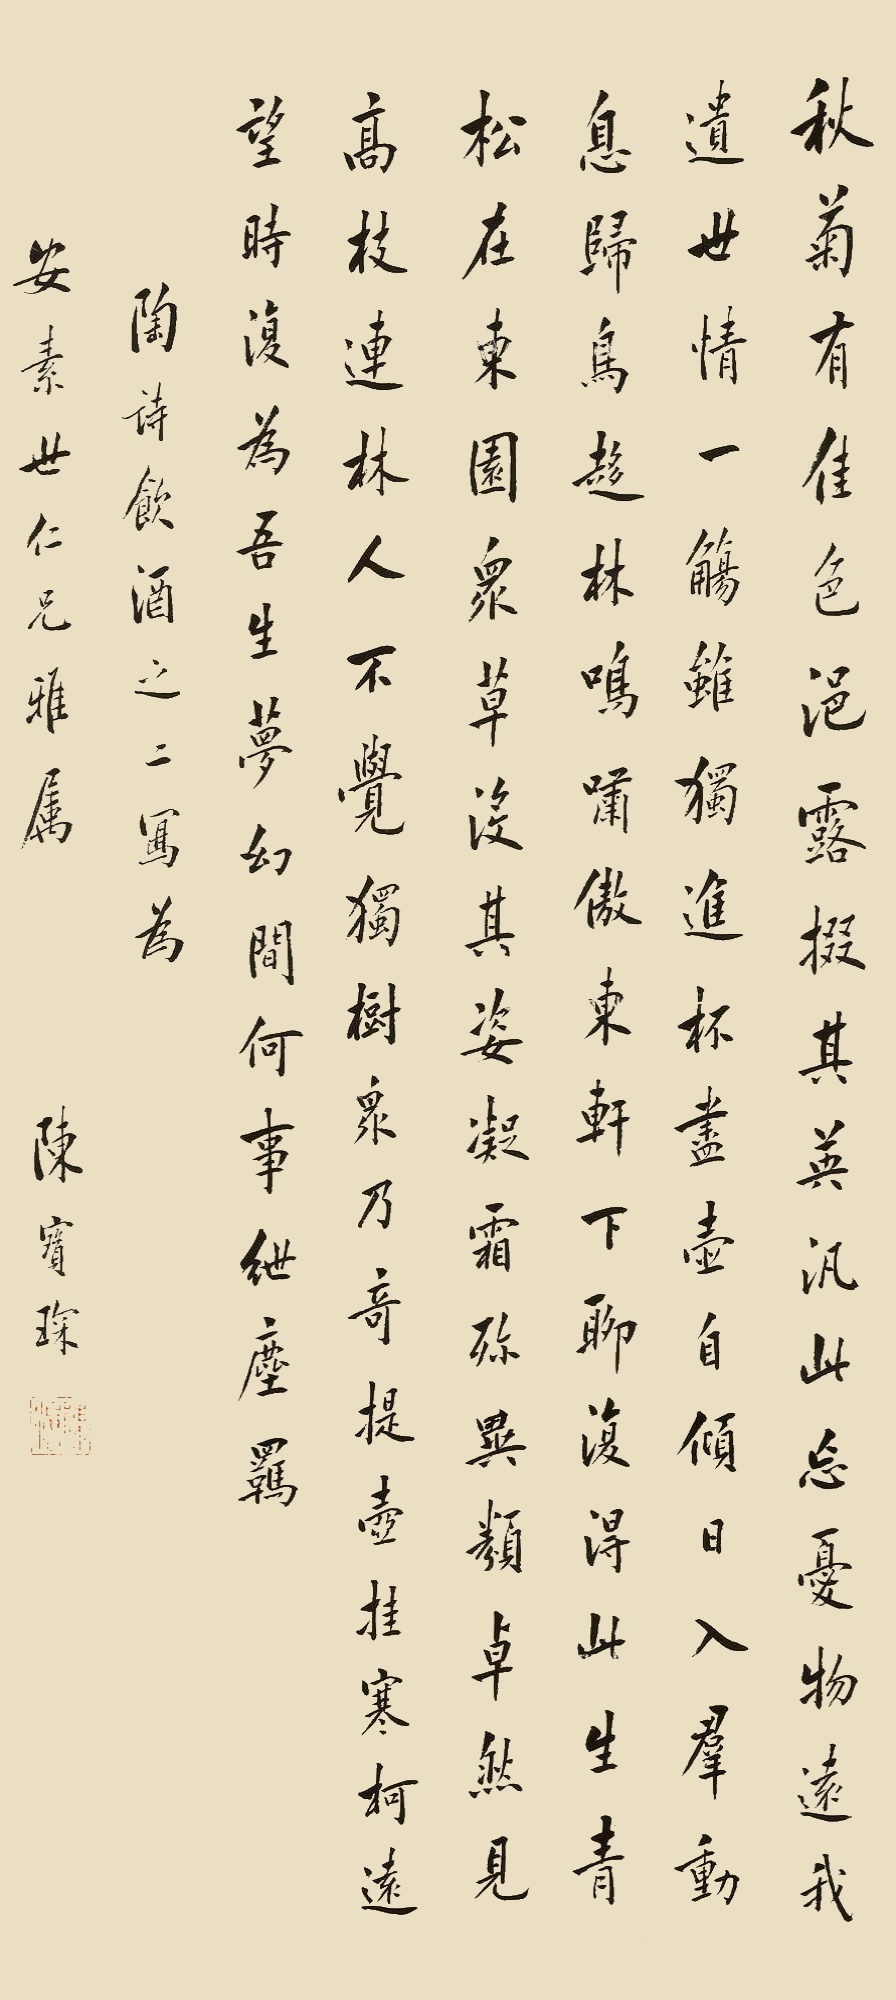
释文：秋菊有佳色，裛露掇其英。泛此忘忧物，远我遗世情。一觞虽独尽，杯尽壶自倾。日入群动息，归鸟趋林鸣。啸傲东轩下，聊复得此生。青松在东园，众草没其姿，凝霜殄异类，卓然见高枝。连林人不觉，独树众乃奇。提壶抚寒柯，远望时复为。吾生梦幻间，何事绁尘羁。陶诗饮酒之二，写为安素世仁兄雅属，陈宝琛。